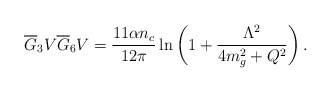
\begin{align*}\overline G_3V\overline G_6V ={11\alpha n_c \over 12\pi} \ln{\bigg(1+ {\Lambda^2\over 4m^2_g+Q^2}\bigg)}\,.\end{align*}